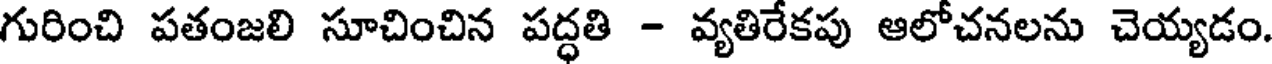
గురించి పతంజలి సూచించిన పద్ధతి - వ్యతిరేకపు ఆలోచనలను చెయ్యడం.